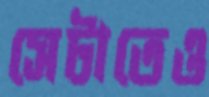
সেটাতেও